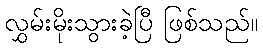
လွှမ်းမိုးသွားခဲ့ပြီ ဖြစ်သည်။